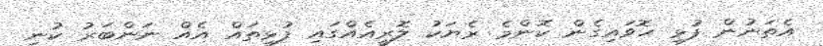
އެތަނުން ފުޅި ހޮވައިގެން ކޮންމެ ރެޔަކު ލޮރީއެއްގައި ފުޅިތައް އެއް ނަންބަރު ކުނި